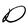
Character: D